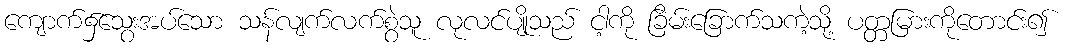
ကျောက်၌သွေးအပ်သော သန်လျက်လက်စွဲသူ လုလင်ပျိုသည် ငါ့ကို ခြိမ်းခြောက်သကဲ့သို့ ပတ္တမြားကိုတောင်း၍